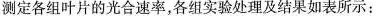
测定各组叶片的光合速率，各组实验处理及结果如表所示：